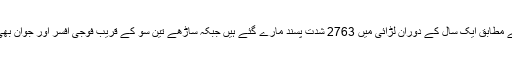
فوجی ترجمان کے مطابق ایک سال کے دوران لڑائی میں 2763 شدت پسند مارے گئے ہیں جبکہ ساڑھے تین سو کے قریب فوجی افسر اور جوان بھی ہلاک ہوئے ہیں۔